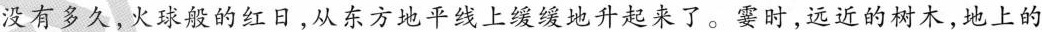
没有多久，火球般的红日，从东方地平线上缓缓地升起来了。霎时，远近的树木，地上的